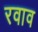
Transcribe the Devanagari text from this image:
रवाव